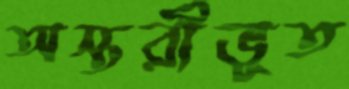
অস্তরীভূত